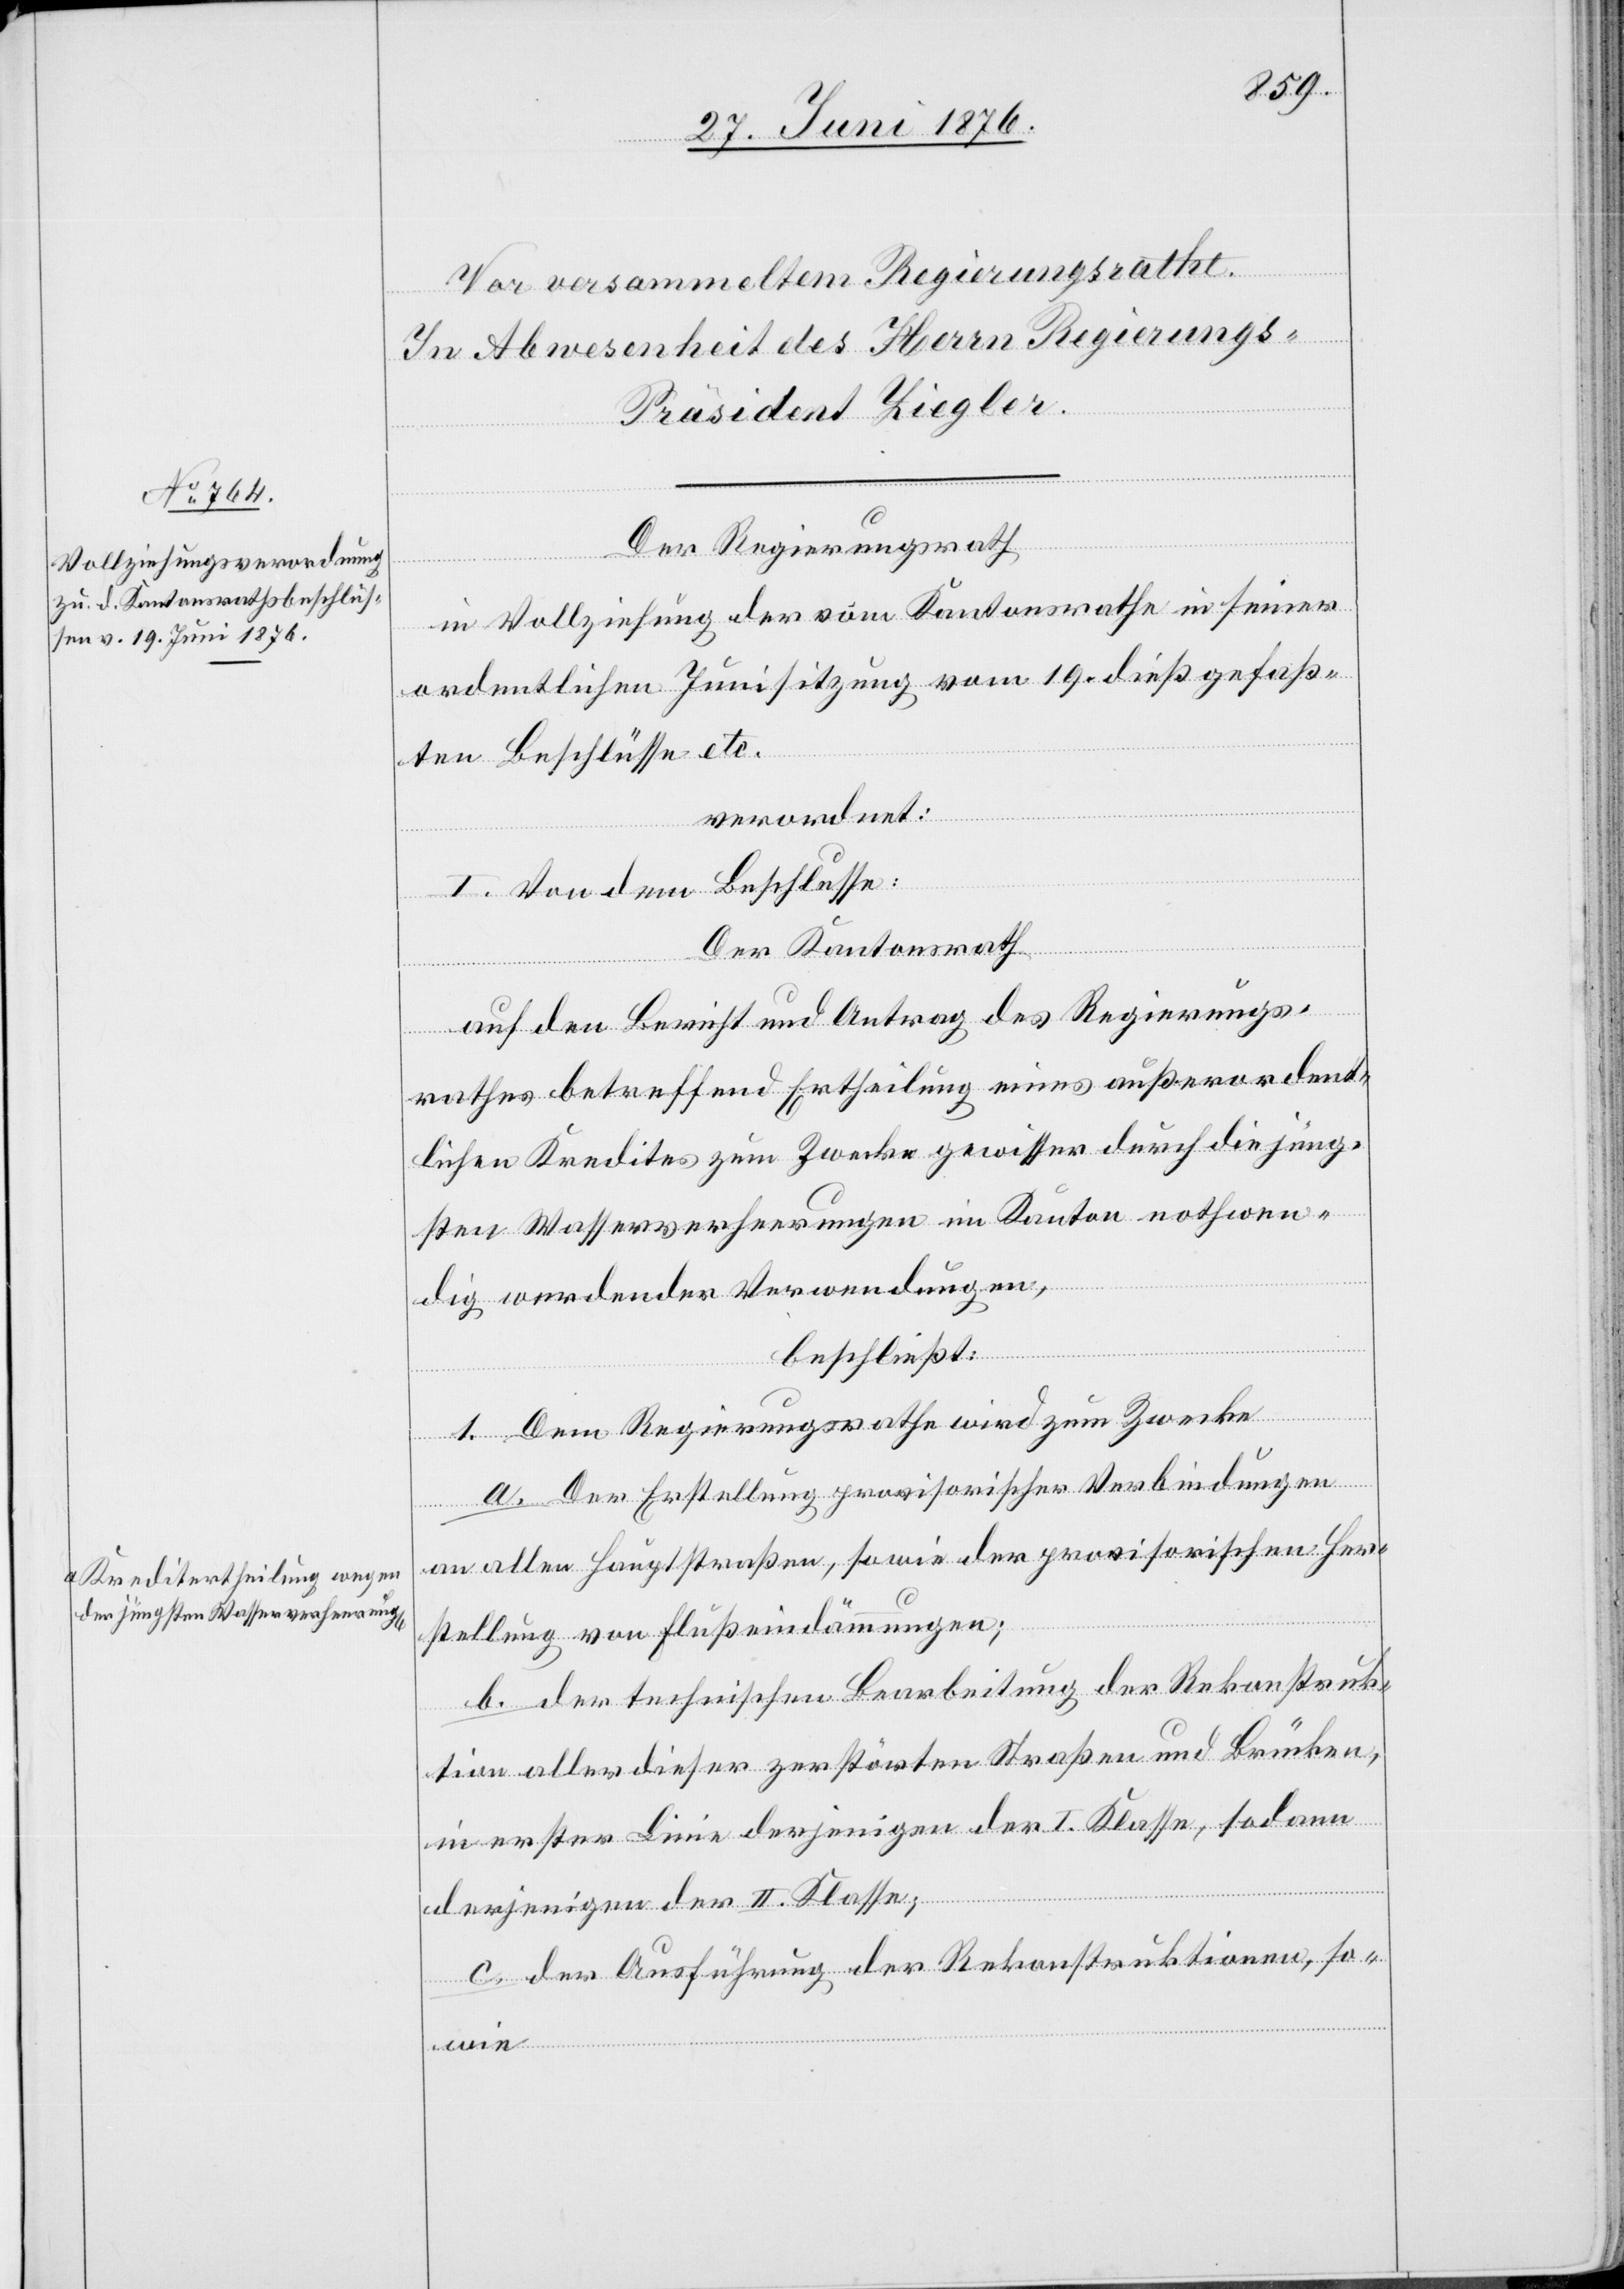
Der Regierungsrath
in Vollziehung der vom Kantonsrathe in seiner
ordentlichen Junisitzung vom 19. dieß gefaß¬
ten Beschlüsse etc.
verordnet:
I. Von dem Beschlusse:
Der Kantonsrath
wie
auf den Bericht und Antrag des Regierungs¬
rathes betreffend Ertheilung eines außerordent¬
lichen Kredites zum Zwecke gewisser durch die jünge¬
ren Wasserverheerungen im Kanton nothwen¬
dig werdender Verwendungen,
beschließt:
1. Dem Regierungsrathe wird zum Zwecke
a. Der Erstellung provisorischer Verbindungen
an allen Hauptstraßen, sowie der provisorischen Her¬
stellung von Flußdämmungen;
b. der technischen Bearbeitung der Rekonstruk¬
tion aller dieser zerstörten Straßen und Brücken,
in erster Linie derjenigen der I. Klasse, sodann
derjenigen der II. Klasse;
c. der Ausführung der Rekonstruktionen, so¬